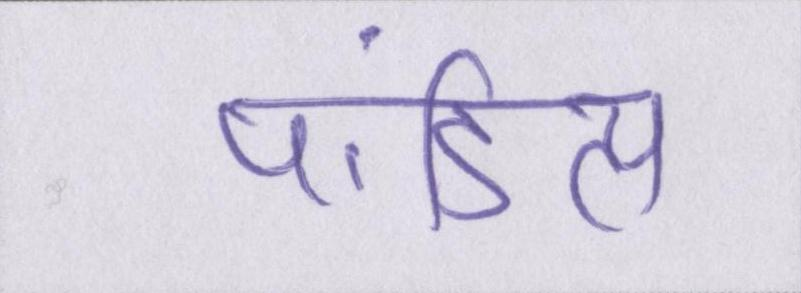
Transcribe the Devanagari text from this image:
पांडित्य